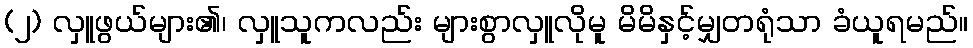
(၂) လှူဖွယ်များ၏၊ လှူသူကလည်း များစွာလှူလိုမူ မိမိနှင့်မျှတရုံသာ ခံယူရမည်။